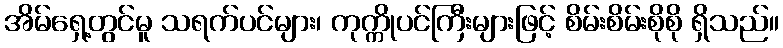
အိမ်ရှေ့တွင်မူ သရက်ပင်များ၊ ကုက္ကိုပင်ကြီးများဖြင့် စိမ်းစိမ်းစိုစို ရှိသည်။